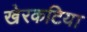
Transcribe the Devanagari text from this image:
खेरकटिया